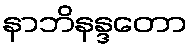
နာဘိနန္ဒတော